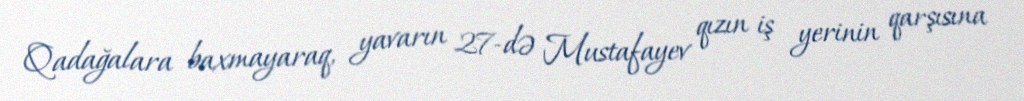
Qadağalara baxmayaraq, yavarın 27-də Mustafayev qızın iş yerinin qarşısına